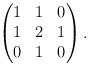
LaTeX: \begin{align*}&\begin{pmatrix}1&1&0\\ 1&2&1\\0&1&0\end{pmatrix}.\end{align*}